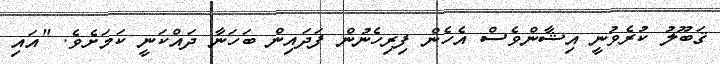
ޤަބޫލު ކުރެވުނީ އިޝާންވެސް އެހެން ފިރިހެނުން ފަދައިން ބަހަނާ ދައްކަނީ ކަމަށެވެ. "އައި